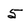
Character: 5